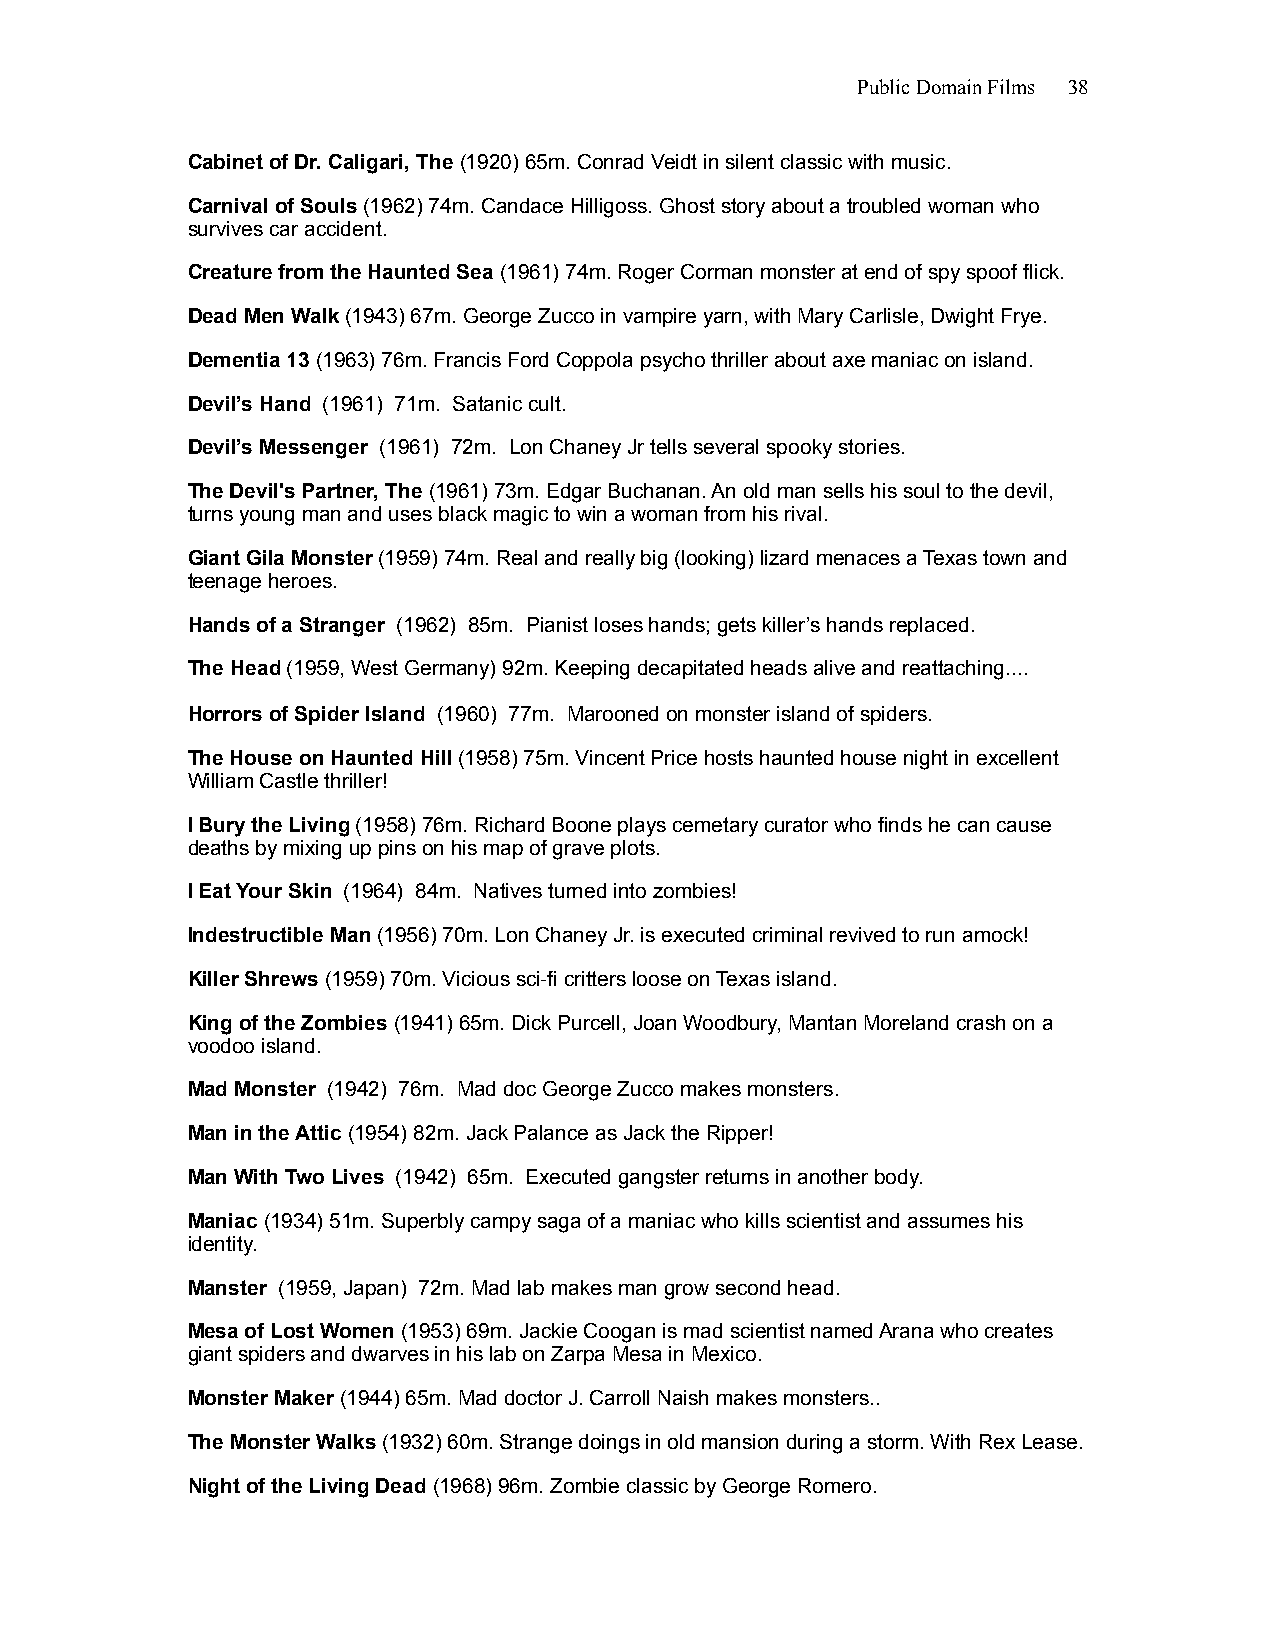
Public Domain Films 38
 Cabinet of Dr. Caligari, The (1920) 65m. Conrad Veidt in silent classic with music.
 Carnival of Souls (1962) 74m. Candace Hilligoss. Ghost story about a troubled woman who
 survives car accident.
 Creature from the Haunted Sea (1961) 74m. Roger Corman monster at end of spy spoof flick.
 Dead Men Walk (1943) 67m. George Zucco in vampire yarn, with Mary Carlisle, Dwight Frye.
 Dementia 13 (1963) 76m. Francis Ford Coppola psycho thriller about axe maniac on island.
 Devil’s Hand (1961) 71m. Satanic cult.
 Devil’s Messenger (1961) 72m. Lon Chaney Jr tells several spooky stories.
 The Devil's Partner, The (1961) 73m. Edgar Buchanan. An old man sells his soul to the devil,
 turns young man and uses black magic to win a woman from his rival.
 Giant Gila Monster (1959) 74m. Real and really big (looking) lizard menaces a Texas town and
 teenage heroes.
 Hands of a Stranger (1962) 85m. Pianist loses hands; gets killer’s hands replaced.
 The Head (1959, West Germany) 92m. Keeping decapitated heads alive and reattaching....
 Horrors of Spider Island (1960) 77m. Marooned on monster island of spiders.
 The House on Haunted Hill (1958) 75m. Vincent Price hosts haunted house night in excellent
 William Castle thriller!
 I Bury the Living (1958) 76m. Richard Boone plays cemetary curator who finds he can cause
 deaths by mixing up pins on his map of grave plots.
 I Eat Your Skin (1964) 84m. Natives turned into zombies!
 Indestructible Man (1956) 70m. Lon Chaney Jr. is executed criminal revived to run amock!
 Killer Shrews (1959) 70m. Vicious sci-fi critters loose on Texas island.
 King of the Zombies (1941) 65m. Dick Purcell, Joan Woodbury, Mantan Moreland crash on a
 voodoo island.
 Mad Monster (1942) 76m. Mad doc George Zucco makes monsters.
 Man in the Attic (1954) 82m. Jack Palance as Jack the Ripper!
 Man With Two Lives (1942) 65m. Executed gangster returns in another body.
 Maniac (1934) 51m. Superbly campy saga of a maniac who kills scientist and assumes his
 identity.
 Manster (1959, Japan) 72m. Mad lab makes man grow second head.
 Mesa of Lost Women (1953) 69m. Jackie Coogan is mad scientist named Arana who creates
 giant spiders and dwarves in his lab on Zarpa Mesa in Mexico.
 Monster Maker (1944) 65m. Mad doctor J. Carroll Naish makes monsters..
 The Monster Walks (1932) 60m. Strange doings in old mansion during a storm. With Rex Lease.
 Night of the Living Dead (1968) 96m. Zombie classic by George Romero.